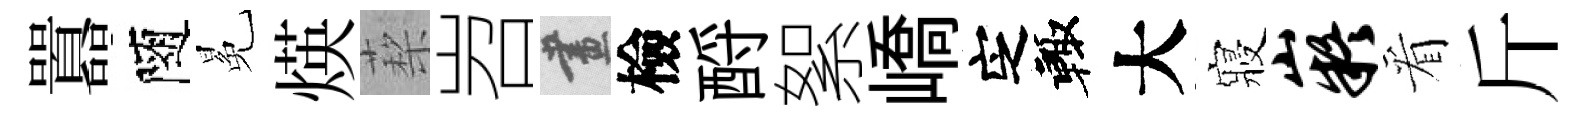
囂隨冕煐蔾岧畫檢酹絮嶠㝎輙大寢嶷看斤